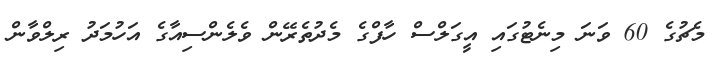
މެޗުގެ 60 ވަނަ މިނެޓުގައި އީގަލްސް ހާފްގެ މެދުތެރޭން ވެލެންސިއާގެ އަހުމަދު ރިލްވާން